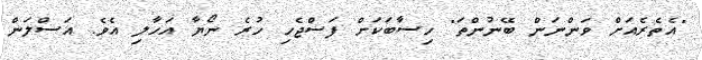
"އެތެރެއަށް ވަންނަން ބޭނުންތަ" ހިސާބަކަށް ފަސްޖެހި ހުރެ ނޯޔާ އަހާލި އެވެ. އަސްލަން